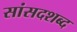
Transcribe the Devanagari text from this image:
सांसदशब्द